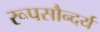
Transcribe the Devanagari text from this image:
रूपसौन्दर्य